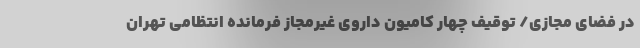
در فضای مجازی/ توقیف چهار کامیون داروی غیرمجاز فرمانده انتظامی تهران